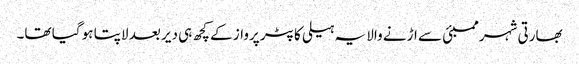
بھارتی شہر ممبئی سے اڑنے والا یہ ہیلی کاپٹر پرواز کے کچھ ہی دیر بعد لاپتا ہو گیا تھا۔